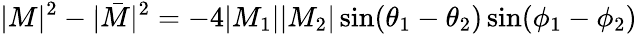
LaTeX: |M|^{2}-|{\bar{M}}|^{2}=-4|M_{1}||M_{2}|\sin(\theta_{1}-\theta_{2})\sin(\phi_{1}-\phi_{2})